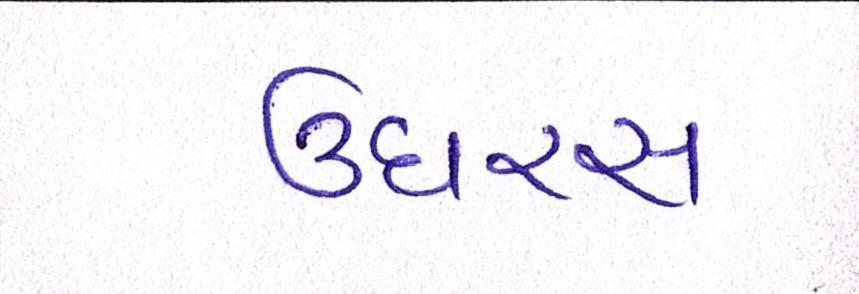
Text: ઉઘરસ